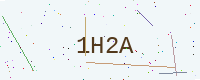
Text: 1H2A